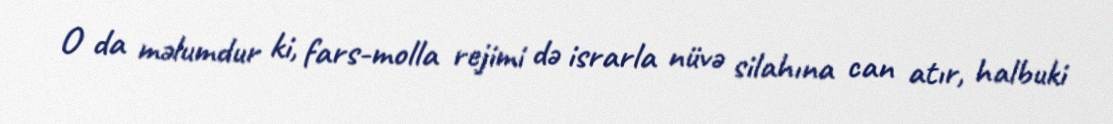
O da məlumdur ki, fars-molla rejimi də israrla nüvə silahına can atır, halbuki